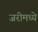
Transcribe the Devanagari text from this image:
जरीमध्ये